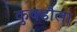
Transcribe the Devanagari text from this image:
कुक्डौला